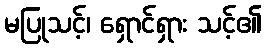
မပြုသင့်၊ ရှောင်ရှား သင့်၏